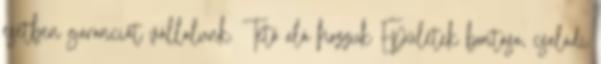
esetben garanciát vállalunk. Tető alá hozzuk Épületek bontása, családi